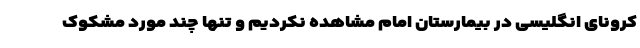
کرونای انگلیسی در بیمارستان امام مشاهده نکردیم و تنها چند مورد مشکوک